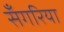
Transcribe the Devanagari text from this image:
सँगरिया